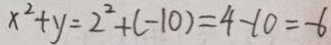
x ^ { 2 } + y = 2 ^ { 2 } + ( - 1 0 ) = 4 - 1 0 = - 6